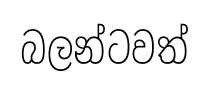
බලන්ටවත්